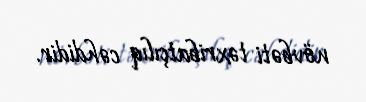
növbəti təxribatçılıq cəhdidir.